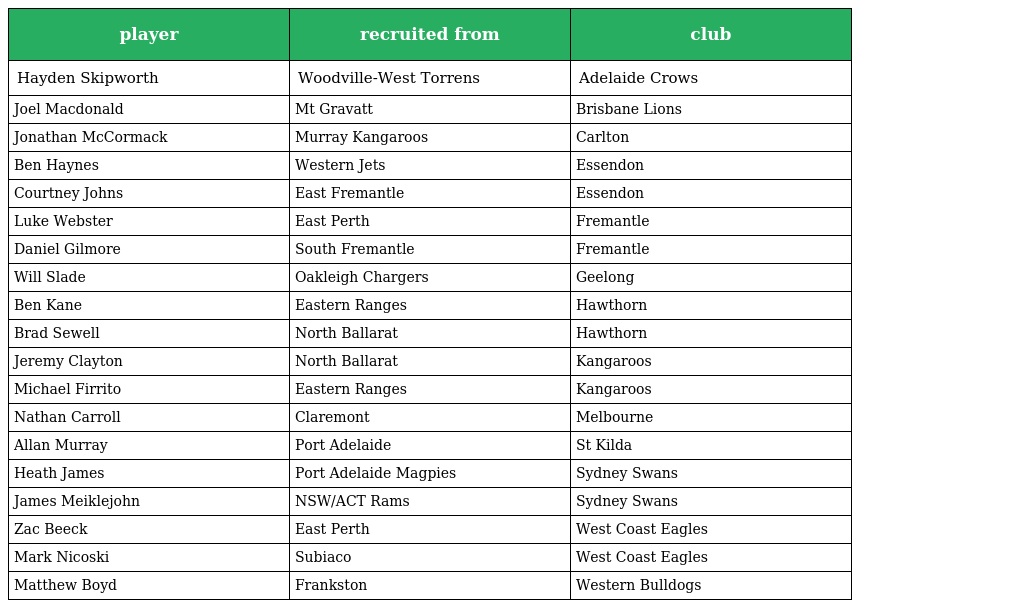
| player | recruited from | club |
 | --- | --- | --- |
 | Hayden Skipworth | Woodville-West Torrens | Adelaide Crows |
 | Joel Macdonald | Mt Gravatt | Brisbane Lions |
 | Jonathan McCormack | Murray Kangaroos | Carlton |
 | Ben Haynes | Western Jets | Essendon |
 | Courtney Johns | East Fremantle | Essendon |
 | Luke Webster | East Perth | Fremantle |
 | Daniel Gilmore | South Fremantle | Fremantle |
 | Will Slade | Oakleigh Chargers | Geelong |
 | Ben Kane | Eastern Ranges | Hawthorn |
 | Brad Sewell | North Ballarat | Hawthorn |
 | Jeremy Clayton | North Ballarat | Kangaroos |
 | Michael Firrito | Eastern Ranges | Kangaroos |
 | Nathan Carroll | Claremont | Melbourne |
 | Allan Murray | Port Adelaide | St Kilda |
 | Heath James | Port Adelaide Magpies | Sydney Swans |
 | James Meiklejohn | NSW/ACT Rams | Sydney Swans |
 | Zac Beeck | East Perth | West Coast Eagles |
 | Mark Nicoski | Subiaco | West Coast Eagles |
 | Matthew Boyd | Frankston | Western Bulldogs |